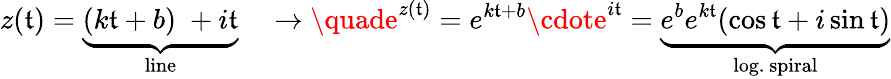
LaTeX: z(\mathfrak{t})=\underbrace{{(k\mathfrak{t}+b)\; +i\mathfrak{t}}}_{\mathrm{{line}}}\quad\to\quade^{z(\mathfrak{t})}=e^{k\mathfrak{t}+b}\cdote^{i\mathfrak{t}}=\underbrace{{e^{b}e^{k\mathfrak{t}}(\cos\mathfrak{t}+i\sin\mathfrak{t})}}_{\mathrm{{log.~spiral}}}